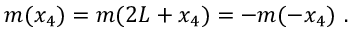
m ( x _ { 4 } ) = m ( 2 L + x _ { 4 } ) = - m ( - x _ { 4 } ) \ .